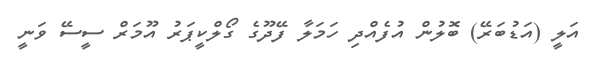
އަލީ (އަޑުބަރޭ) ބޮލުން އުފެއްދި ހަމަލާ ފޭދޫގެ ގޯލްކީޕަރު އޫމަރް ސީސޭ ވަނީ